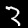
Label: 3